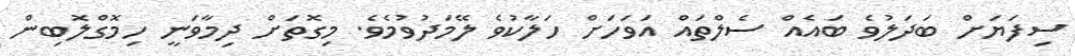
ސިފަޔަށް ބަދަލުވެ ބައެއް ސެލްތައް އަވަހަށް ހަލާކުވެ ލޭމަދުވުމެވެ. މިގޮތަށް ދިމާވަނީ ހިމޮގްލޮބިން